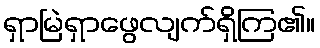
ရှာမြဲရှာဖွေလျက်ရှိကြ၏။